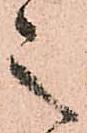
之